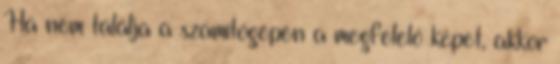
Ha nem találja a számítógépén a megfelelő képet, akkor